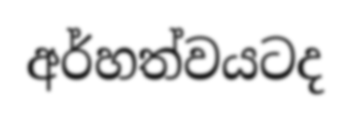
අර්හත්වයටද